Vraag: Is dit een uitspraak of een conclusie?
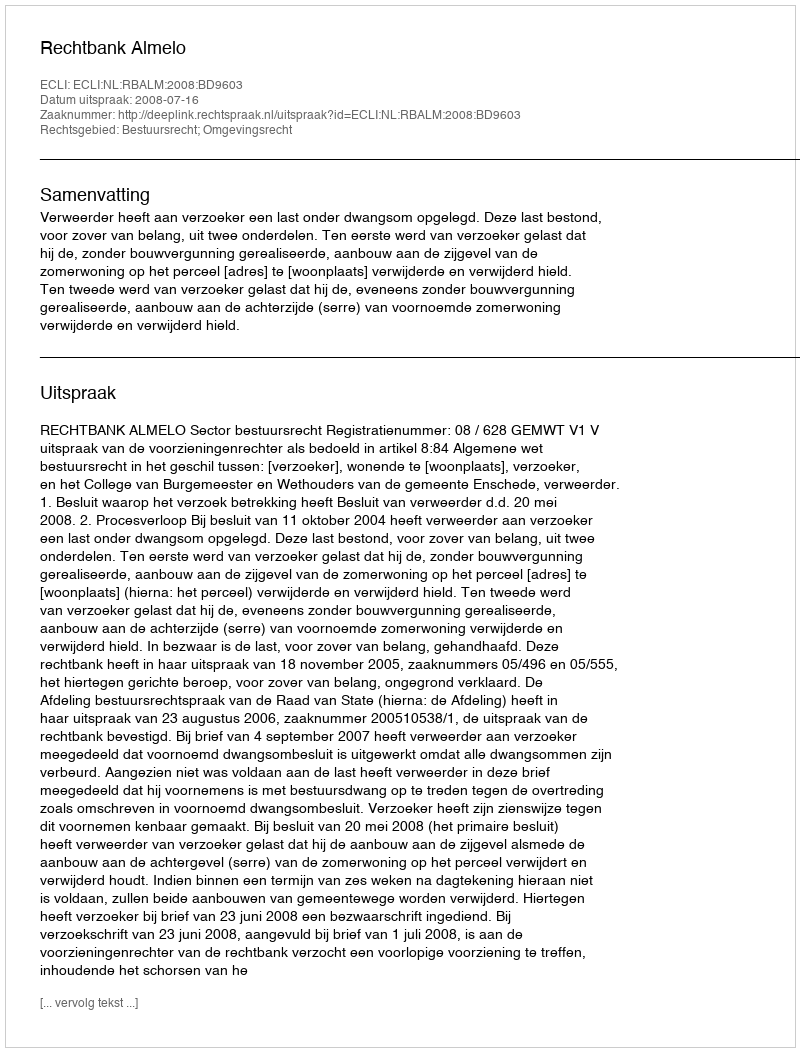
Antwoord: Uitspraak